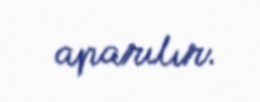
aparılır.